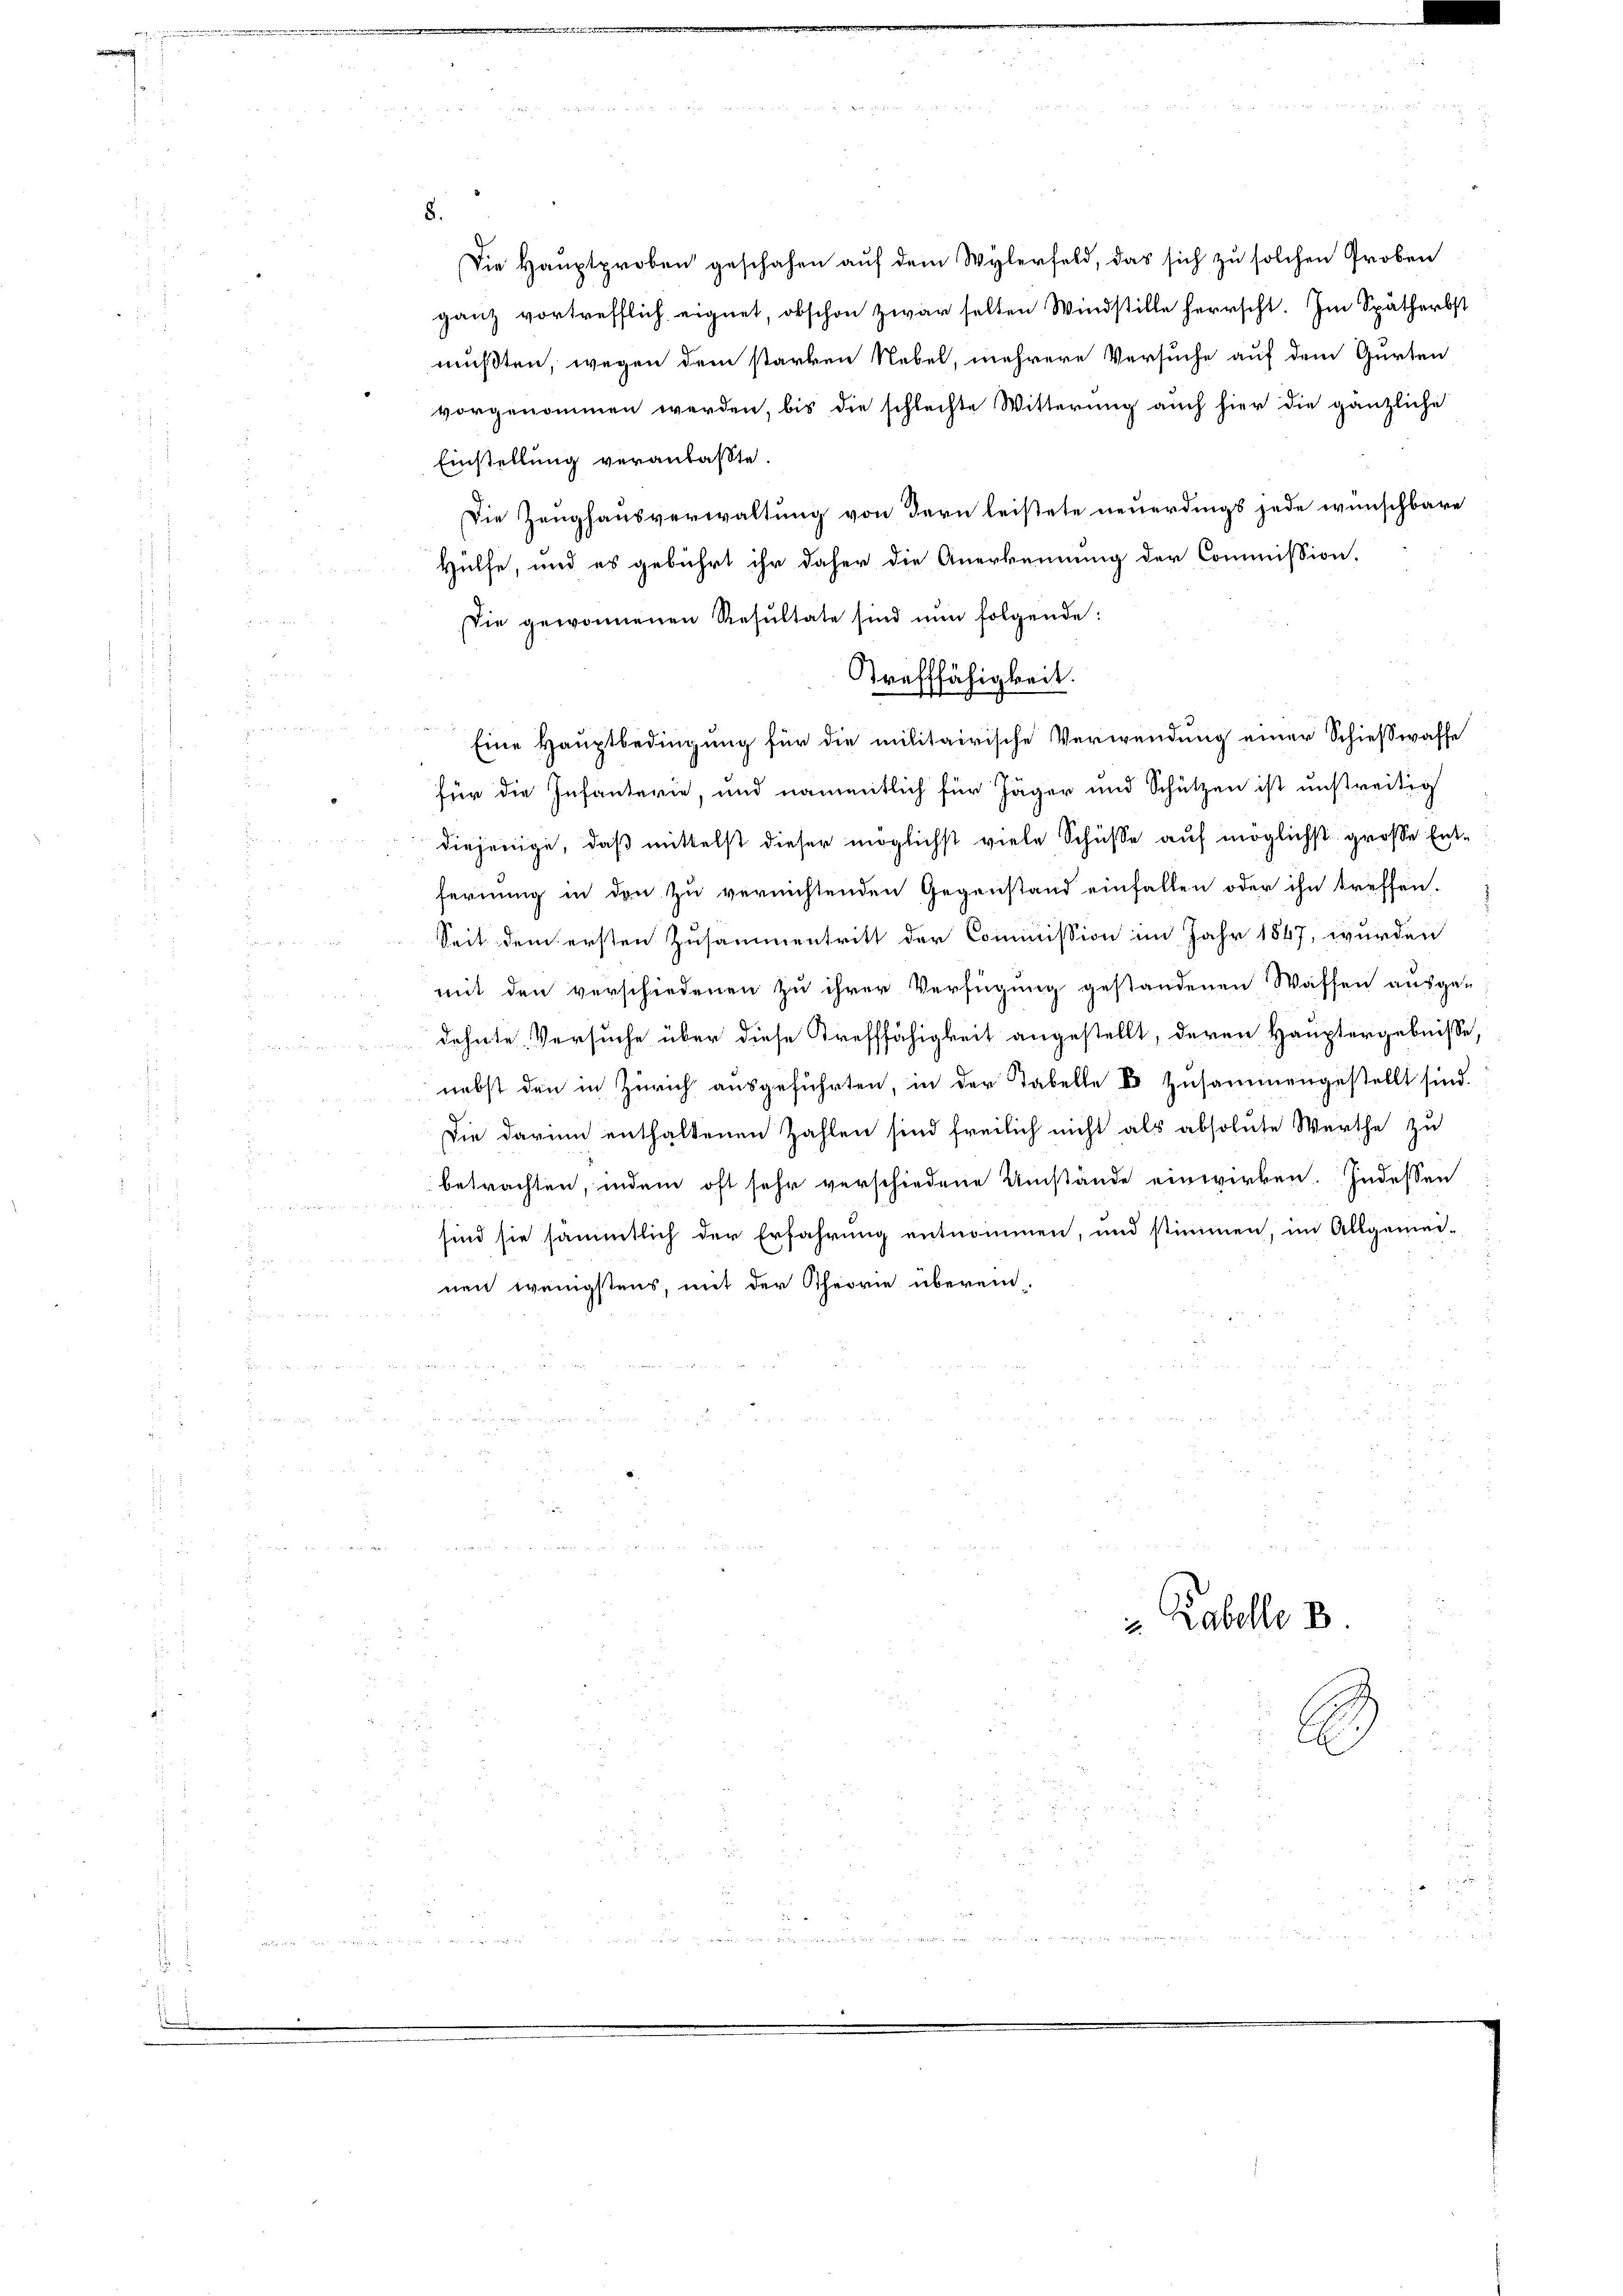
8.

Einstellung veranlaßte.
Die Zeughausverwaltung von dern leistete neuerdings jede wünschbare
Hülfe, und es gebührt ihr daher die Anerkennung der Commission.
Die gewonnenen Resultate sind nun folgende:
für die Infanterie, und namentlich für Jäger und Schützen ist unstreitig
diejenige, daß mittelst dieser möglichst viele Schüsse auf möglichst grosse Entfernung in den zu vernichtenden Gegenstand einfallen oder ihn treffen.
Seit dem ersten Zusammentritt der Commission im Jahr 1847, wurden
mit den verschiedenen zu ihrer Verfügung gestandenen Wassen ausge-
dehnte Versuche über diese Trefffähigkeit angestellt, deren Hauptergebnisse,
nebst den in Zürich ausgeführten, in der Tabelle Er zusammengestellt sind.
Die darinn enthaltenen Zahlen sind freilich nicht als absolute Werthe zu
betrachten, indem oft sehr verschiedene Umstände einwirken. Indessen
sind sie sämmtlich der Erfahrung entnommen, und stimmen, im Allgemei-
nen wenigstens, mit der Theorie überein¬

Die Hauptproben geschehen auf dem Wylerfeld, das sich zu solchen Groben
ganz vortrefflich eignet, obschon zwar selten Windstille herrscht. Im Spätherbst
mußten, wegen dem starken Nebel, mehrere Versuche auf dem Gurten
vorgenommen werden, bis die schlechte Witterung auch hier die gänzliche

Strafffähigkeit.
Eine Hauptbedingung für die militairische Verwendung einer Schießwaffe

" Rabelle B

E

u